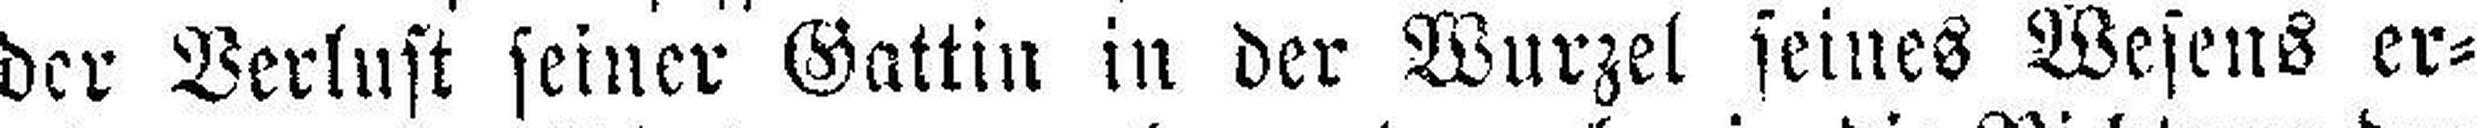
der Verlust seiner Gattin in der Wurzel seines Wesens er¬